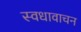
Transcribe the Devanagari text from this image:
स्वधावाचन